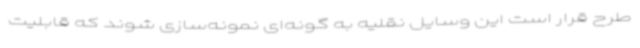
طرح قرار است این وسایل نقلیه به گونه‌ای نمونه‌سازی شوند که قابلیت